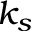
k _ { s }